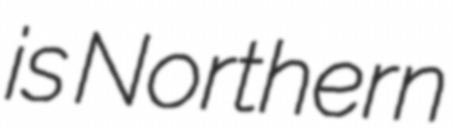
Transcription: is Northern